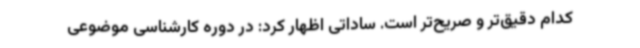
کدام دقیق‌تر و صریح‌تر است. ساداتی اظهار کرد: در دوره کارشناسی موضوعی